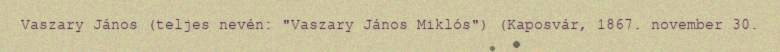
Vaszary János (teljes nevén: "Vaszary János Miklós") (Kaposvár, 1867. november 30.